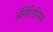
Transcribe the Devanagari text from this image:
ॲनॅलिसिस